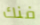
فنك